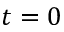
t = 0